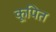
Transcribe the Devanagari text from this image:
कूपित